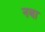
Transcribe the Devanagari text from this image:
नबा